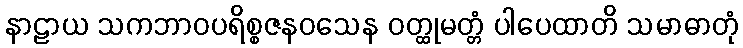
နာဠာယ သကဘာဝပရိစ္စဇနဝသေန ဝတ္ထုမတ္တံ ပါပေထာတိ သမာဓာတုံ